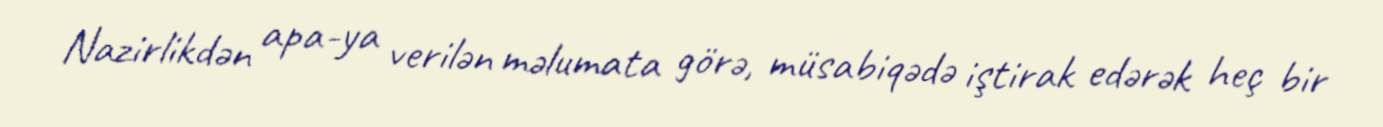
Nazirlikdən apa-ya verilən məlumata görə, müsabiqədə iştirak edərək heç bir